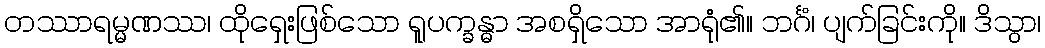
တဿာရမ္မဏဿ၊ ထိုရှေးဖြစ်သော ရူပက္ခန္ဓာ အစရှိသော အာရုံ၏။ ဘင်္ဂံ၊ ပျက်ခြင်းကို။ ဒိသွာ၊